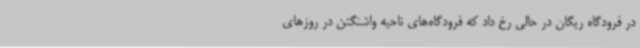
در فرودگاه ریگان در حالی رخ داد که فرودگاه‌های ناحیه واشنگتن در روزهای